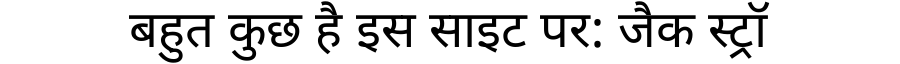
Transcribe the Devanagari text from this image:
बहुत कुछ है इस साइट पर: जैक स्ट्रॉ